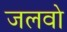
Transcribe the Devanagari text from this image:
जलवो